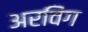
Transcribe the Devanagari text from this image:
अरविंग